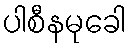
ပါစီနမုခေါ